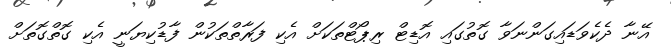
އޭނާ ދެކެވަޑައިގަންނަވާ ގޮތުގައި އޮޑިޓް ރިޕޯޓްތަކަށް އެކި ފަރާތްތަކުން ފާޑުކިޔަނީ އެކި ގޮތްގޮތަށް